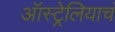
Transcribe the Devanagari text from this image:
ऑस्ट्रेलियाचं